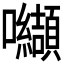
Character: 𭍋